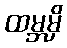
ထမ္ဘမှိ